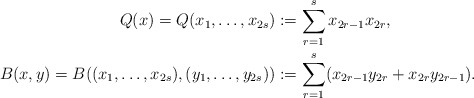
\begin{align*}Q(x)=Q(x_1,\dotsc,x_{2s})&:=\sum_{r=1}^s x_{2r-1}x_{2r},\\B(x,y)=B((x_1,\dotsc,x_{2s}),(y_1,\dotsc,y_{2s}))&:=\sum_{r=1}^s (x_{2r-1}y_{2r}+x_{2r}y_{2r-1}).\end{align*}